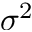
\sigma ^ { 2 }